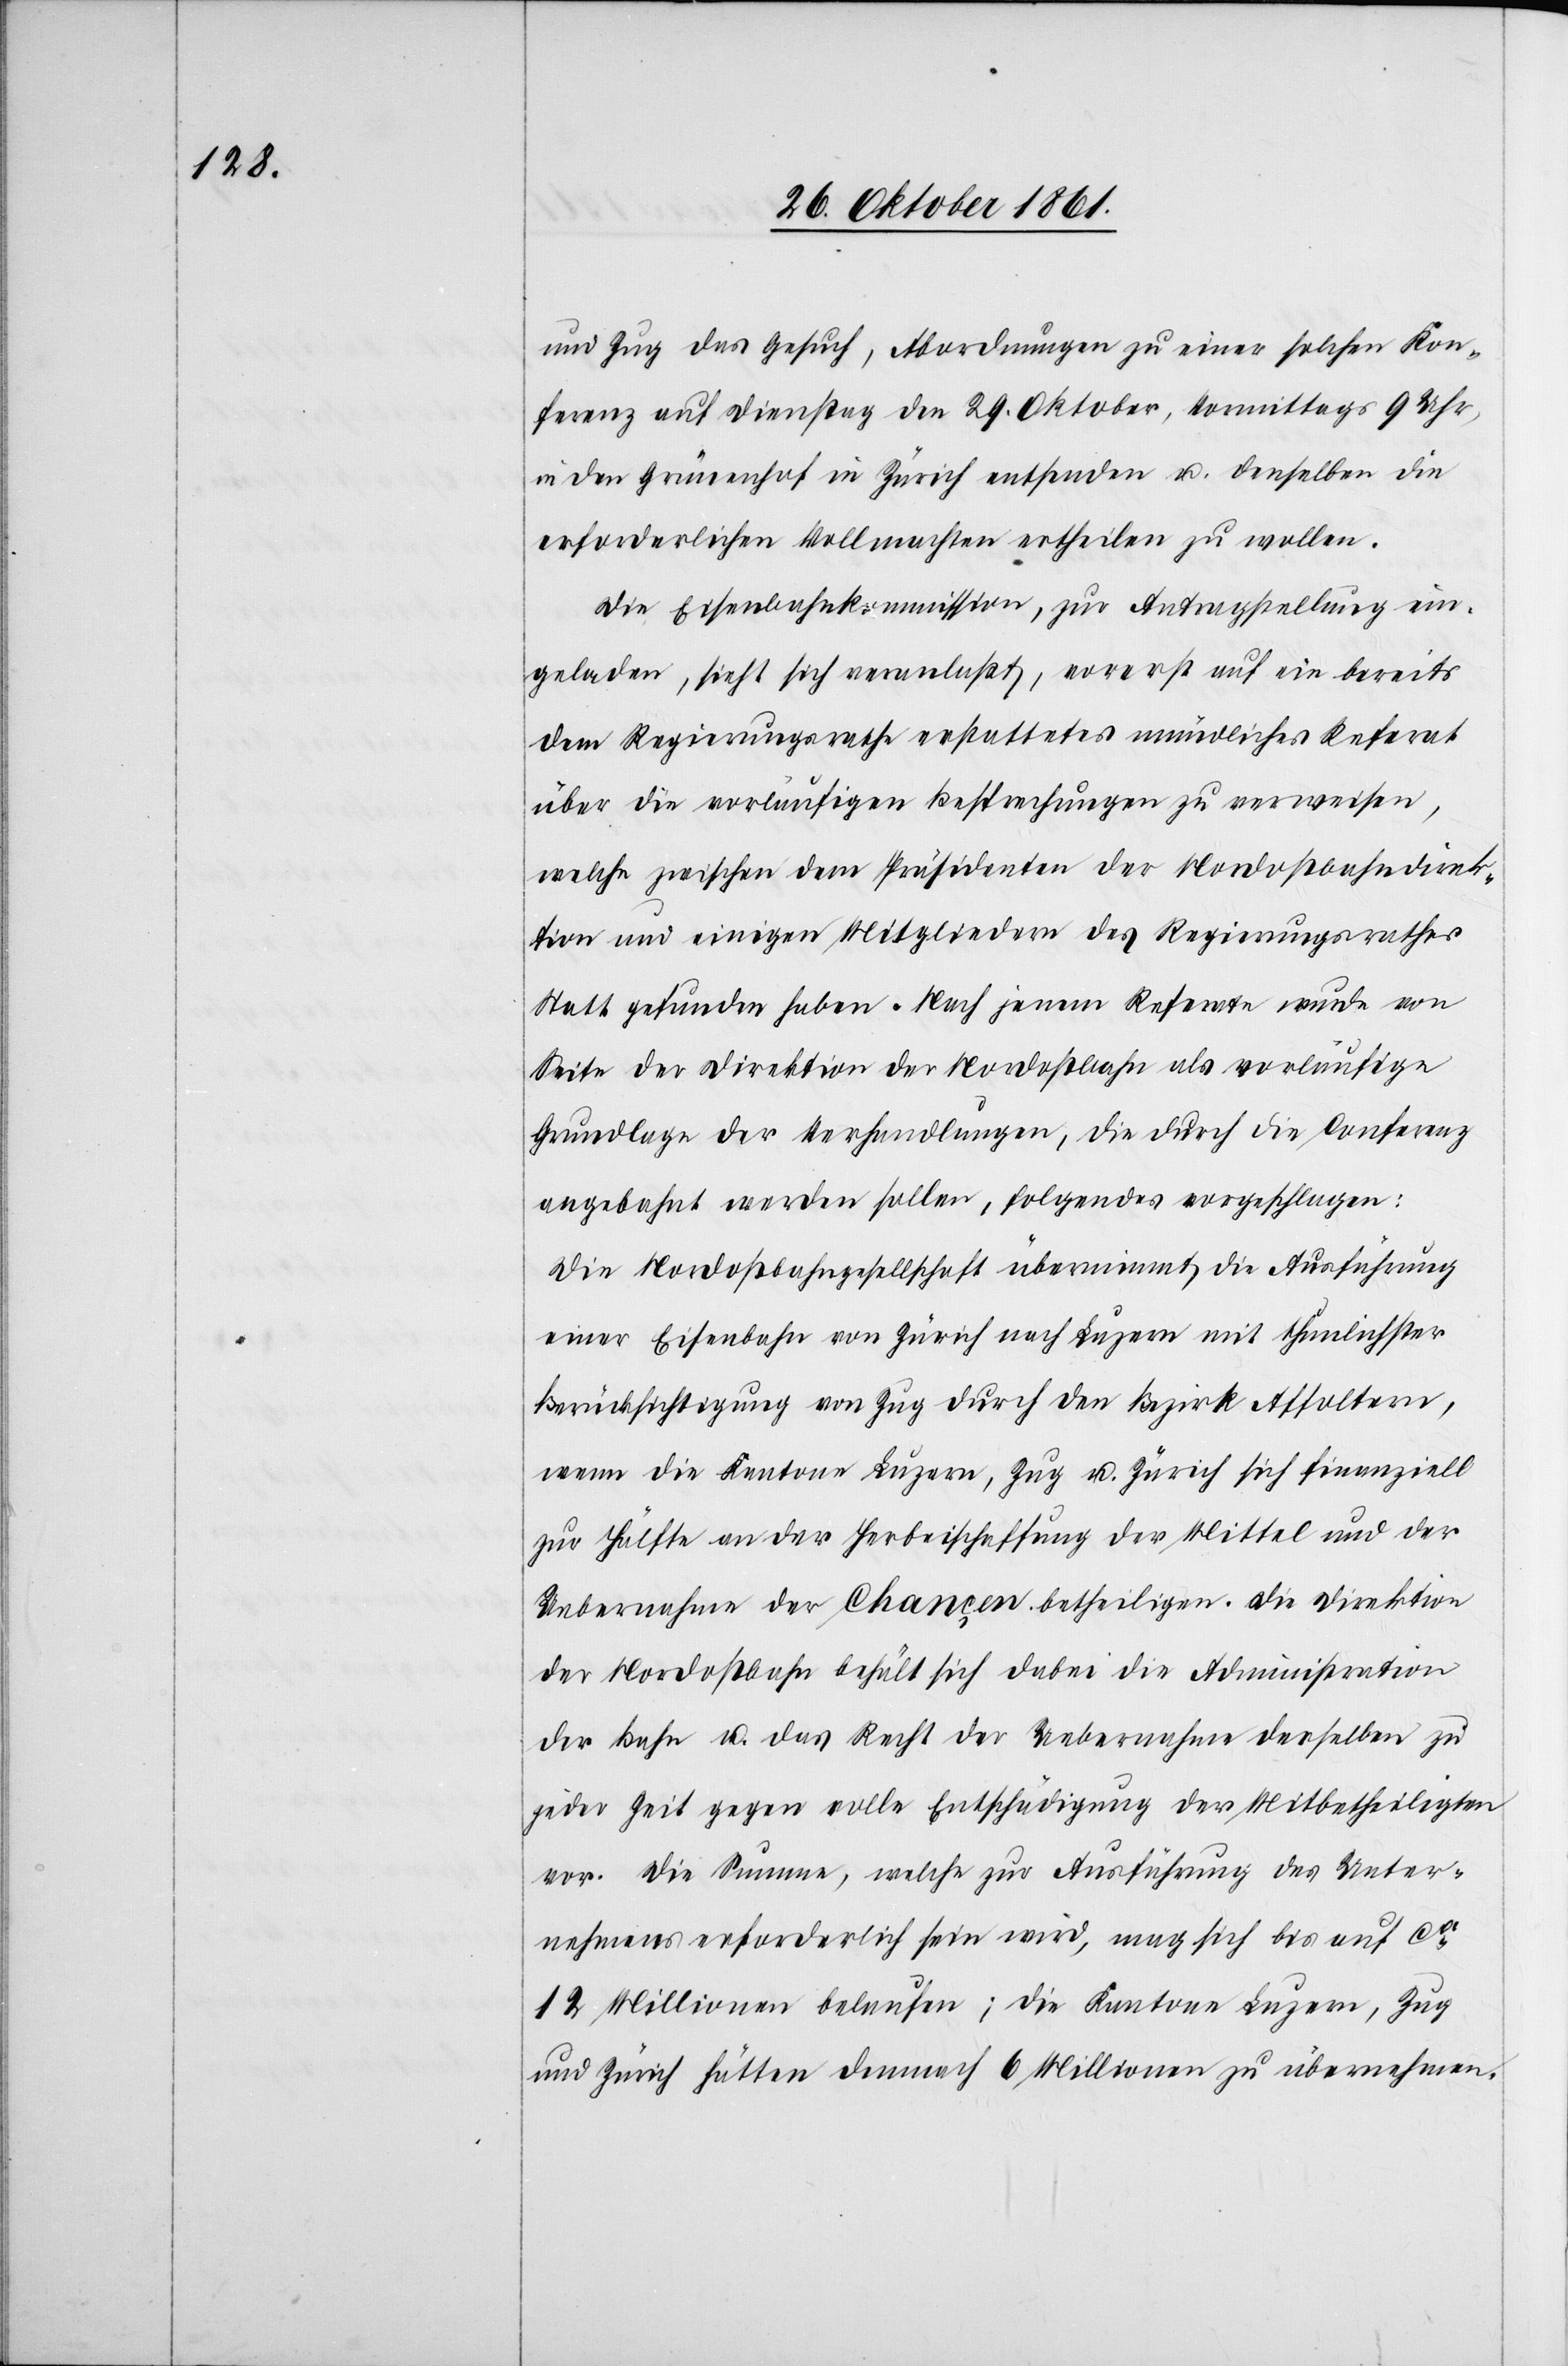
und Zug das Gesuch, Abordnungen zu einer solchen Kon¬
ferenz auf Dienstag den 29 Oktober, Vormittags 9 Uhr,
in den Grünenhof in Zürich entsenden u. denselben die
erforderlichen Vollmachten ertheilen zu wollen.
Die Eisenbahnkommission, zur Antragstellung ein¬
geladen, sieht sich veranlaßt, vorerst auf ein bereits
dem Regierungsrathe erstattetes mündliches Referat
über die vorläufigen Besprechungen zu verweisen,
welche zwischen dem Präsidenten, der Nordostbahndirek¬
tion und einigen Mitgliedern des Regierungsrathes
statt gefunden haben. Nach jenem Referate wurde von
Seite der Direktion der Nordostbahn als vorläufige
Grundlage der Verhandlungen, die durch die Conferenz
angebracht werden sollen, folgendes vorgeschlagen:
Die Nordostbahngesellschaft übernimmt die Ausführung
einer Eisenbahn von Zürich nach Luzern mit thunlichster
Berücksichtigung von Zug durch den Bezirk Affoltern,
wenn die Kantone Luzern, Zug u. Zürich sich finanziell
zur Hälfte an der Herbeischaffung der Mittel und der
Uebernahme der Chancen betheiligen. Die Direktion
der Nordostbahn behält sich dabei die Administration
der Bahn u. das Recht der Uebernahme derselben zu
jeder Zeit gegen volle Entschädigung der Mitbetheiligten
vor. Die Summe, welche zur Ausführung des Unter¬
nehmens erforderlich sein wird, mag sich bis auf ca
12 Millionen belaufen; die Kantone Luzern, Zug
und Zürich hätten demnach 6 Millionen zu übernehmen.